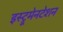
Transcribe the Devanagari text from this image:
इस्ट्रूमेनटेशन